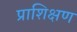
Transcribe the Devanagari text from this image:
प्राशिक्षण